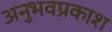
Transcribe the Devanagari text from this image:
अनुभवप्रकाश